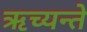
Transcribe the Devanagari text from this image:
ऋच्यन्ते